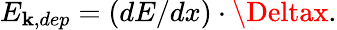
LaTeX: E_{\mathbf{k},dep}=(dE/dx)\cdot\Deltax.